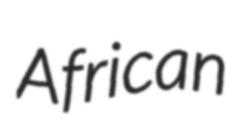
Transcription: African